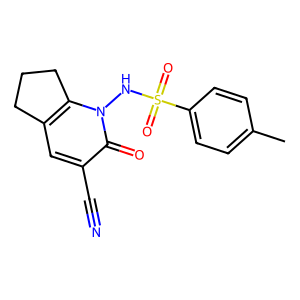
SMILES: Cc1ccc(S(=O)(=O)Nn2c3c(cc(C#N)c2=O)CCC3)cc1
Inhibits HIV replication: No